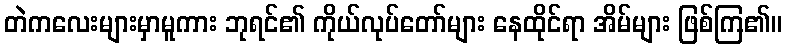
တဲကလေးများမှာမူကား ဘုရင်၏ ကိုယ်လုပ်တော်များ နေထိုင်ရာ အိမ်များ ဖြစ်ကြ၏။